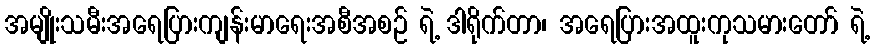
အမျိုးသမီးအရေပြားကျန်းမာရေးအစီအစဉ် ရဲ့ ဒါရိုက်တာ၊ အရေပြားအထူးကုသမားတော် ရဲ့